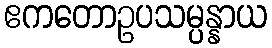
ဧကတောဥပသမ္ပန္နာယ